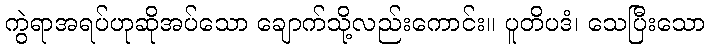
ကွဲရာအရပ်ဟုဆိုအပ်သော ချောက်သို့လည်းကောင်း။ ပူတိပဒံ၊ သေပြီးသော